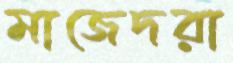
মাজেদরা